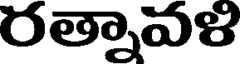
రత్నావళి